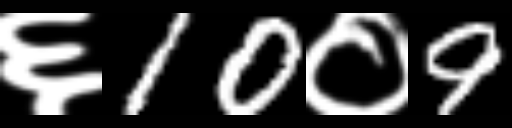
Text: ६10०9